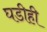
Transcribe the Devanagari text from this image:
घडीही